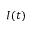
I ( t )